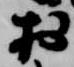
於